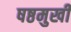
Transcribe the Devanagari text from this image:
षष्ठमुखी